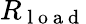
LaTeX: R_{\mathrm{~l~o~a~d~}}